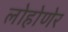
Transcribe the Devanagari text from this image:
लोहोणेर